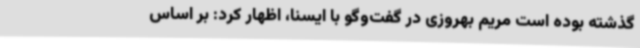
گذشته بوده است مریم بهروزی در گفت‌وگو با ایسنا، اظهار کرد: بر اساس